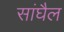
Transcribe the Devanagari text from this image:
सांघैल